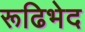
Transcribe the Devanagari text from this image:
रूढिभेद